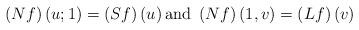
LaTeX: \begin{align*}\left( Nf\right) \left( u;1\right) =\left( Sf\right) \left( u\right) \text{and }\left( Nf\right) \left( 1,v\right) =\left( Lf\right) \left( v\right)\end{align*}